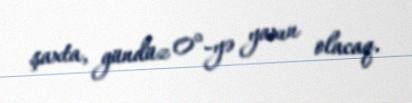
şaxta, gündüz 0°-yə yaxın olacaq.